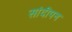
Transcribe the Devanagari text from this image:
सांदीपन